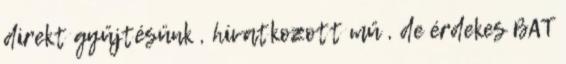
direkt gyűjtésünk , hívatkozott mű , de érdekes BAT